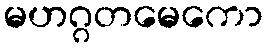
မဟဂ္ဂတမေကော